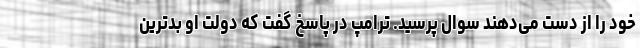
خود را از دست می‌دهند سوال پرسید. ترامپ در پاسخ گفت که دولت او بدترین